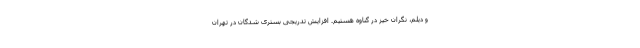
و دیلم، نگران خیز در گناوه هستیم. افزایش تدریجی بستری شدگان در تهران